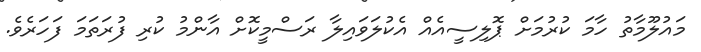
މައުލޫމާތު ހާމަ ކުރުމަށް ޕޮލިސީއެއް އެކުލަވައިލާ ރަސްމީކޮށް އާންމު ކުރި ފުރަތަމަ ފަހަރެވެ.